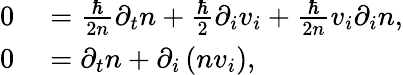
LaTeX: \begin{array}{rl}{0}&{{}=\frac{\hbar}{2n}\partial_{t}n+\frac{\hbar}{2}\partial_{i}v_{i}+\frac{\hbar}{2n}v_{i}\partial_{i}n,}\\ {0}&{{}=\partial_{t}n+\partial_{i}\left(nv_{i}\right),}\end{array}